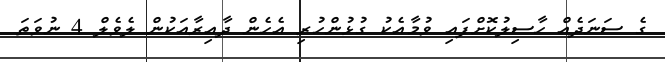
ގެ ސަނަދެއް ހާސިލުކޮށްފައި ވުމާއެކު ގުޅުންހުރި އެހެން ދާއިރާއަކުން ލެވެލް 4 ނުވަތަ